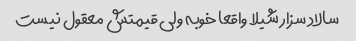
سالاد سزار شیلا واقعا خوبه ولی قیمتش معقول نیست